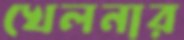
খেলনার